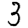
Digit: 3